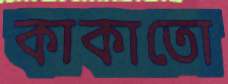
কাকাতো